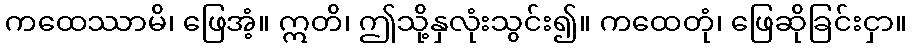
ကထေဿာမိ၊ ဖြေအံ့။ ဣတိ၊ ဤသို့နှလုံးသွင်း၍။ ကထေတုံ၊ ဖြေဆိုခြင်းငှာ။